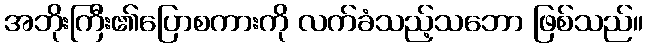
အဘိုးကြီး၏ပြောစကားကို လက်ခံသည့်သဘော ဖြစ်သည်။